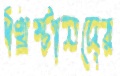
খ্রিস্টানদের